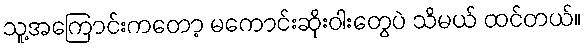
သူ့အကြောင်းကတော့ မကောင်းဆိုးဝါးတွေပဲ သိမယ် ထင်တယ်။